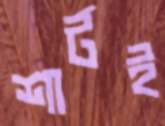
শার্টই